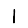
Digit: 1